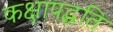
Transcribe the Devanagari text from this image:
कक्षापद्धति